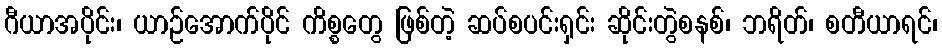
ဂီယာအပိုင်း၊ ယာဉ်အောက်ပိုင် ကိစ္စတွေ ဖြစ်တဲ့ ဆပ်စပင်းရှင်း ဆိုင်းတွဲစနစ်၊ ဘရိတ်၊ စတီယာရင်၊